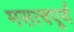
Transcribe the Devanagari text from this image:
मसत्वपूर्ण